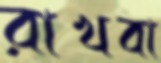
রাখবা